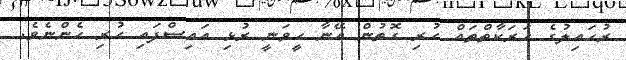
ރުހައިލުގެ ހަރަކާތްތައް ހުރި ގޮތުން އޭނާ ހީވަނީ ރުޅި އައިސްފައި ހުރި ހެންނެވެ.